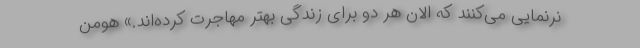
نرنمایی می‌کنند که الان هر دو برای زندگی بهتر مهاجرت کرده‌اند.» هومن